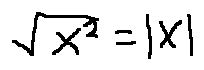
\sqrt { x ^ { 2 } } = | x |